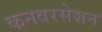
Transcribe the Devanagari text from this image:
कनवरसेशन